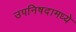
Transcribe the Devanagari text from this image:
उपनिषदामध्ये